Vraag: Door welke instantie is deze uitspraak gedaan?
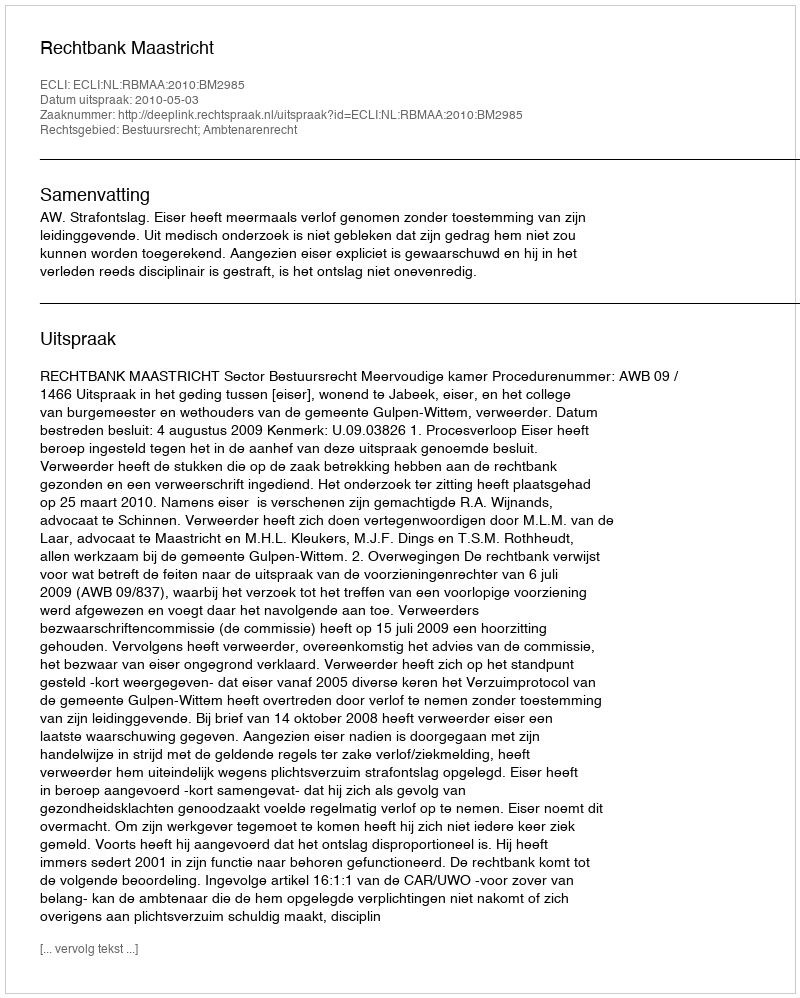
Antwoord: Rechtbank Maastricht